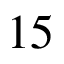
1 5